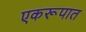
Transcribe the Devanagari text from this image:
एकरूपात